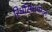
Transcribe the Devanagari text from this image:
रिधसिधपोल